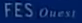
FES Ouest